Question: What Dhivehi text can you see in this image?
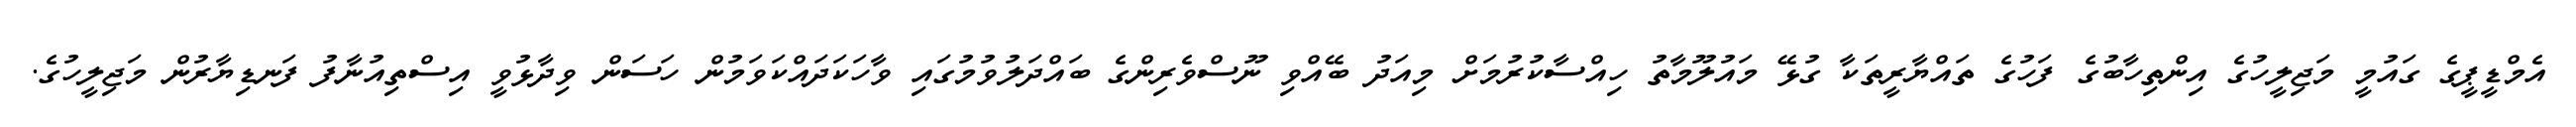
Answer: އެމްޑީޕީގެ ގައުމީ މަޖިލީހުގެ އިންތިހާބުގެ ފަހުގެ ތައްޔާރީތަކާ ގުޅޭ މައުލޫމާތު ހިއްސާކުރުމަށް މިއަދު ބޭއްވި ނޫސްވެރިންގެ ބައްދަލުވުމުގައި ވާހަކަދައްކަވަމުން ހަސަން ވިދާޅުވީ އިސްތިއުނާފު ފަނޑިޔާރުން މަޖިލީހުގެ.